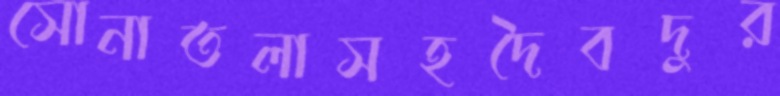
সোনাতলাসহদৈবদুর